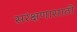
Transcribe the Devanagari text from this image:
सरंक्षणासाठी